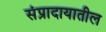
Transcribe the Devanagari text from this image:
संप्रादायातील